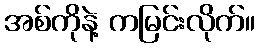
အစ်ကိုနဲ့ ကမြင်းလိုက်။